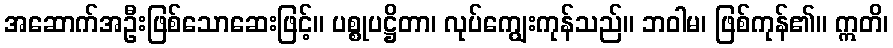
အဆောက်အဦးဖြစ်သောဆေးဖြင့်။ ပစ္စုပဋ္ဌိတာ၊ လုပ်ကျွေးကုန်သည်။ ဘဝါမ၊ ဖြစ်ကုန်၏။ ဣတိ၊